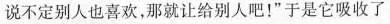
说不定别人也喜欢，那就让给别人吧！”于是它吸收了